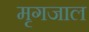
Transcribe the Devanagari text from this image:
मृगजाल